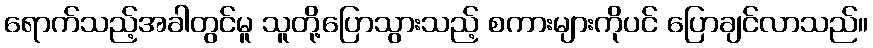
ရောက်သည့်အခါတွင်မူ သူတို့ပြောသွားသည့် စကားများကိုပင် ပြောချင်လာသည်။